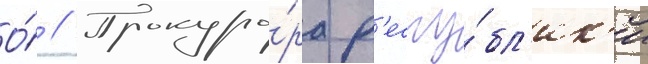
О́ // Прокуро́ра р'еспу́бл'ик'и